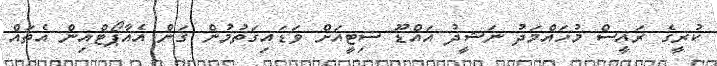
ކުރީގެ ރައީސް މުހައްމަދު ނަޝީދު އައްޑޫ ސިޓީއަށް ވަޑައިގަތުމުން ގަން އެއާޕޯޓްއިން އެތައް